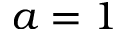
a = 1